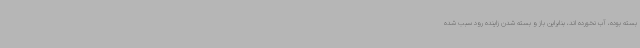
بسته بوده، آب نخورده اند، بنابراین باز و بسته شدن زاینده رود سبب شده